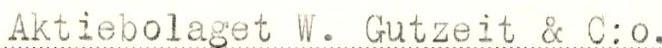
Aktiebolaget W. Gutzeit & C:o.